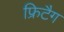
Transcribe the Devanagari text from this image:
फ्रिटैग